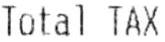
TOTAL TAX